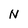
Character: N